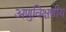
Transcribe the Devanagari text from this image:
अणुविक्षणीय